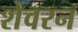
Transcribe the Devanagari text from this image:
शेवरन